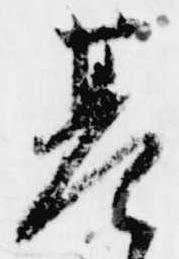
基